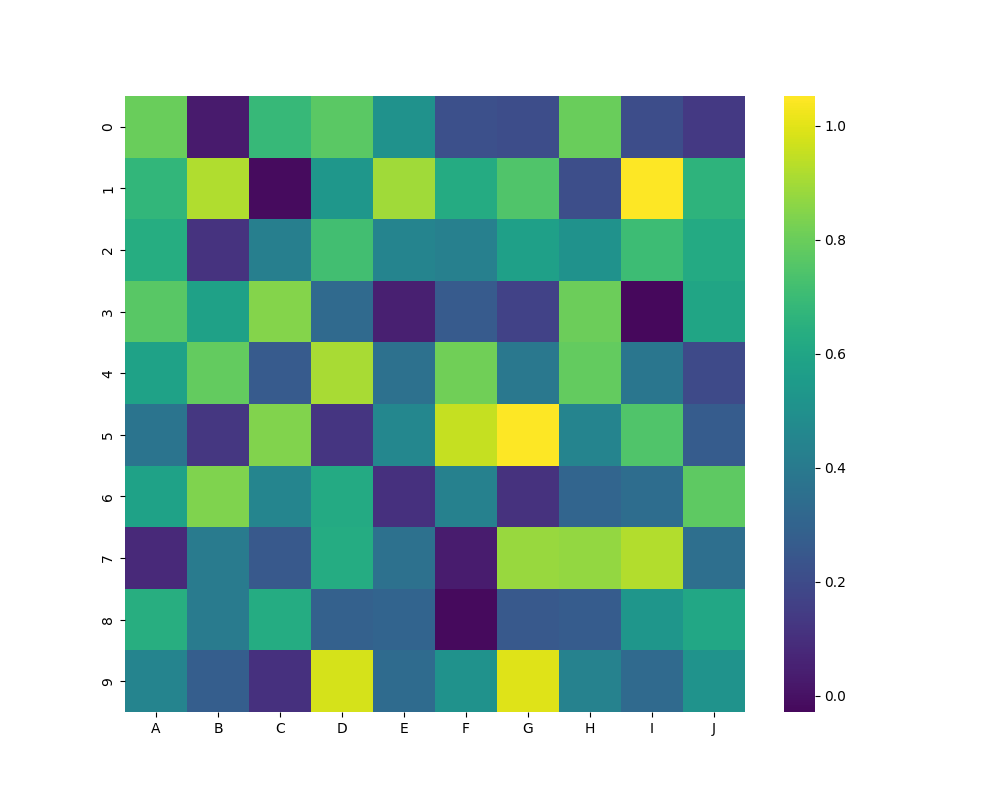
python, seaborn, heatmap, cmap='viridis', linewidths=0.0, center=0.5